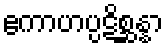
ဧကာဟပ္ပဋိစ္ဆန္နာ